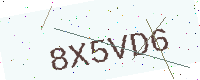
Text: 8X5VD6